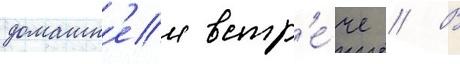
домашн'еи встр'е́че // В